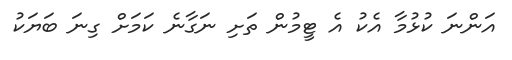
އަންނަ ކުޅުމާ އެކު އެ ޓީމުން ތަށި ނަގާނެ ކަމަށް ގިނަ ބަޔަކު